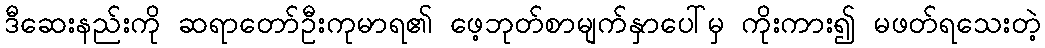
ဒီဆေးနည်းကို ဆရာတော်ဦးကုမာရ၏ ဖေ့ဘုတ်စာမျက်နှာပေါ်မှ ကိုးကား၍ မဖတ်ရသေးတဲ့